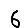
Digit: 6